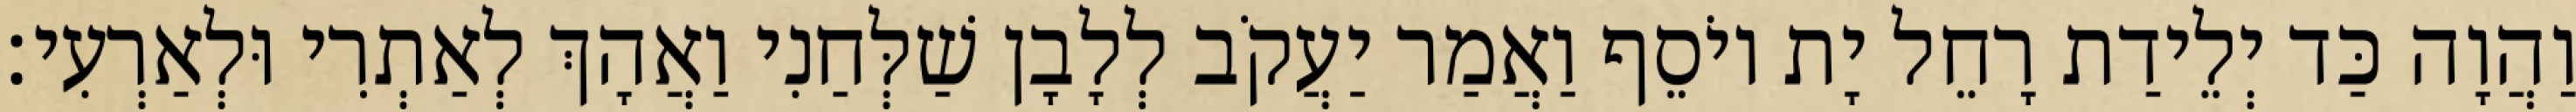
וַהֲוָה כַּד יְלֵידַת רָחֵל יָת יוֹסֵף וַאֲמַר יַעֲקֹב לְלָבָן שַׁלְּחַנִי וַאֲהָךְ לְאַתְרִי וּלְאַרְעִי׃